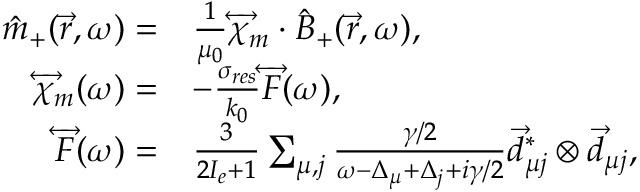
\begin{array} { r l } { \hat { m } _ { + } ( \vec { r } , \omega ) = } & { \frac { 1 } { \mu _ { 0 } } \overleftrightarrow { \chi } _ { m } \cdot \hat { B } _ { + } ( \vec { r } , \omega ) , } \\ { \overleftrightarrow { \chi } _ { m } ( \omega ) = } & { - \frac { \sigma _ { r e s } } { k _ { 0 } } \overleftrightarrow { F } ( \omega ) , } \\ { \overleftrightarrow { F } ( \omega ) = } & { \frac { 3 } { 2 I _ { e } + 1 } \sum _ { \mu , j } \frac { \gamma / 2 } { \omega - \Delta _ { \mu } + \Delta _ { j } + i \gamma / 2 } \vec { d } _ { \mu j } ^ { * } \otimes \vec { d } _ { \mu j } , } \end{array}